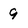
Character: 9